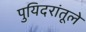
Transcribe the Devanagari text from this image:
पुयिदरांतूले